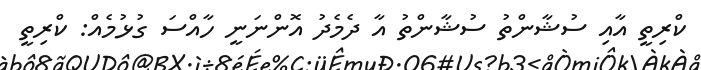
ކްރިތީ އާއި ސުޝާންތު ސުޝާންތު އާ ދެމެދު އޮންނަނީ ހާއްސަ ގުޅުމެއް: ކްރިތީ